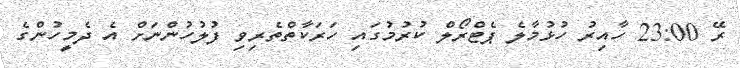
ރޭ 23:00 ހާއިރު ހުޅުމާލެ ޕެޓްރޯލް ކުރުމުގައި ހަރަކާތްތެރިވި ފުލުހުންނަށް އެ ދެމީހުންގެ